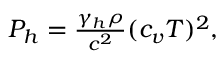
\begin{array} { r } { P _ { h } = \frac { \gamma _ { h } \rho } { c ^ { 2 } } ( c _ { v } T ) ^ { 2 } , } \end{array}